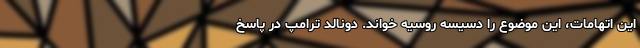
این اتهامات، این موضوع را دسیسه روسیه خواند. دونالد ترامپ در پاسخ